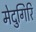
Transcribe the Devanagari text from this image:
मेदुगिरि